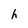
Character: h